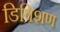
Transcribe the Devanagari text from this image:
डिविशण